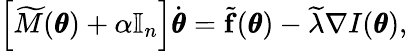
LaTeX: \left[\widetilde M(\pmb\theta)+\alpha\mathbb I_{n}\right]\dot{\pmb\theta}=\widetilde{\mathbf f}(\pmb\theta)-\widetilde\lambda\nabla I(\pmb\theta),